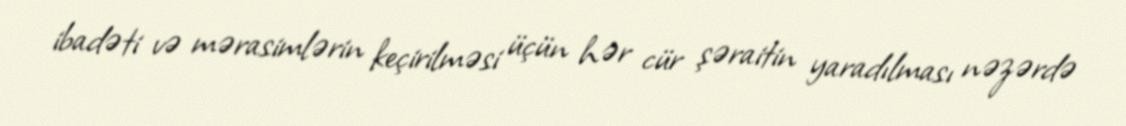
ibadəti və mərasimlərin keçirilməsi üçün hər cür şəraitin yaradılması nəzərdə